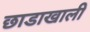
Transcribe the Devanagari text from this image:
छाडाखाली